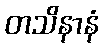
တသိနာနံ